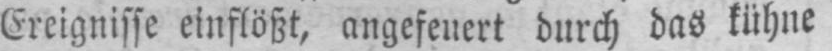
Ereignisse einflößt, angefeuert durch das kühne